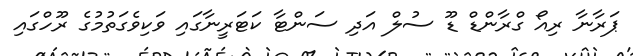
ޕަރާނާ ރިއޯ ގްރާންޑް ޑޫ ސުލް އަދި ސަންޓާ ކަޓަރީނާގައި ވަކިވެގަތުމުގެ ރޫހްގައި